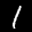
Label: 1